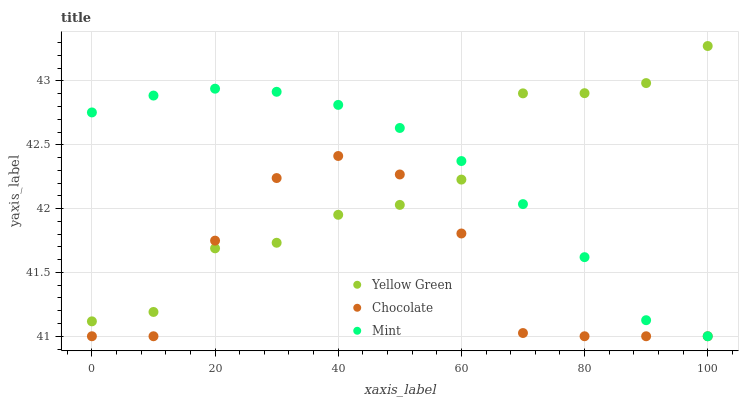
| xaxis_label | Yellow Green | Chocolate | Mint |
 | --- | --- | --- | --- |
 | 0 | 41.1 | 41 | 42.8 |
 | 10 | 41.2 | 41 | 42.9 |
 | 20 | 41.7 | 41.7 | 42.9 |
 | 30 | 41.7 | 42.2 | 42.9 |
 | 40 | 42 | 42.4 | 42.8 |
 | 50 | 42 | 42.3 | 42.6 |
 | 60 | 42.2 | 41.8 | 42.4 |
 | 70 | 42.9 | 41 | 42 |
 | 80 | 42.9 | 41 | 41.6 |
 | 90 | 43 | 41 | 41.1 |
 | 100 | 43.3 | 41 | 41 |